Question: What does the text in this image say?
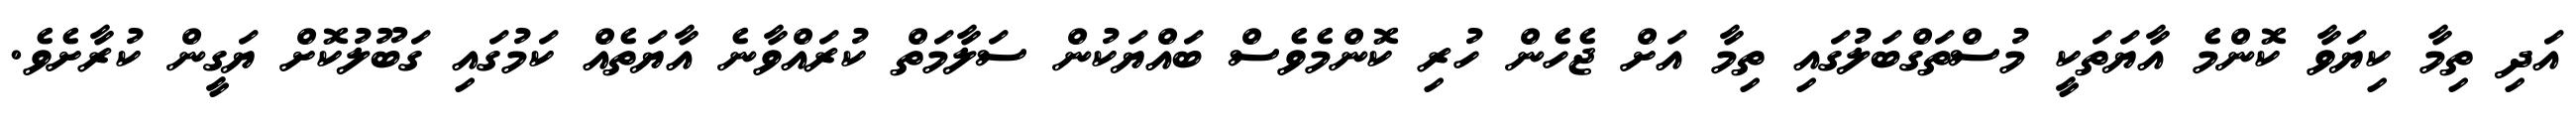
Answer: އަދި ތިމާ ކިޔަވާ ކޮންމެ އާޔަތަކީ މުސްތަގްބަލުގައި ތިމާ އަށް ޖެހެން ހުރި ކޮންމެވެސް ބައްޔަކުން ސަލާމަތް ކުރައްވާނެ އާޔަތެއް ކަމުގައި ގަބޫލުކޮށް ޔަގީން ކުރާށެވެ.